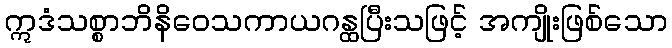
ဣဒံသစ္စာဘိနိဝေသကာယဂန္ထပြီးသဖြင့် အကျိုးဖြစ်သော